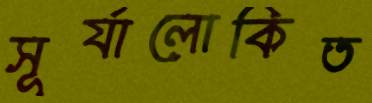
সূর্যালোকিত